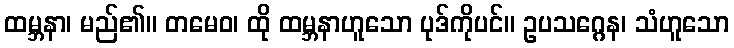
ထမ္ဘနာ၊ မည်၏။ တမေဝ၊ ထို ထမ္ဘနာဟူသော ပုဒ်ကိုပင်။ ဥပသဂ္ဂေန၊ သံဟူသော